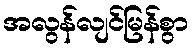
အလွန်လျင်မြန်စွာ